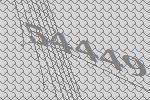
54449